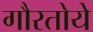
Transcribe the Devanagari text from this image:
गौरतोये